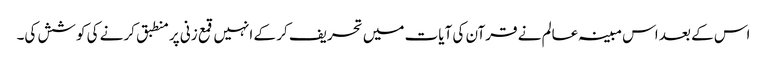
اس کے بعد اس مبینہ عالم نے قرآن کی آیات میں تحریف کر کے انہیں قمع زنی پر منطبق کرنے کی کوشش کی۔